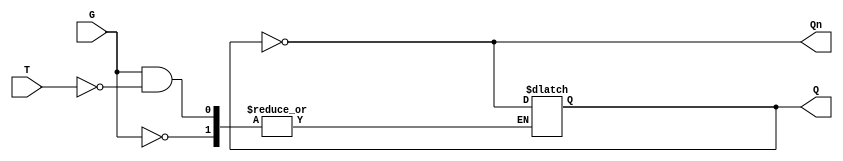
module GatedT_Latch (
    input wire T,    // Toggle Input
    input wire G,    // Gate Signal
    output reg Q,    // Output
    output wire Qn   // Complement of Q
);

    assign Qn = ~Q; // Complement of Q

    // Always block to describe the behavior of the gated T latch
    always @ (G, T) begin
        if (G == 0) begin
            // Hold state when G is low
            Q <= Q; // No change
        end else begin
            // G is high
            if (T == 1) begin
                // Toggle state when T is high
                Q <= ~Q; // Toggle
            end else begin
                // Hold state when T is low
                Q <= Q; // No change
            end
        end
    end

    // Initial state (optional; can be set based on requirements)
    initial begin
        Q = 0; // Set initial state to 0
    end

endmodule